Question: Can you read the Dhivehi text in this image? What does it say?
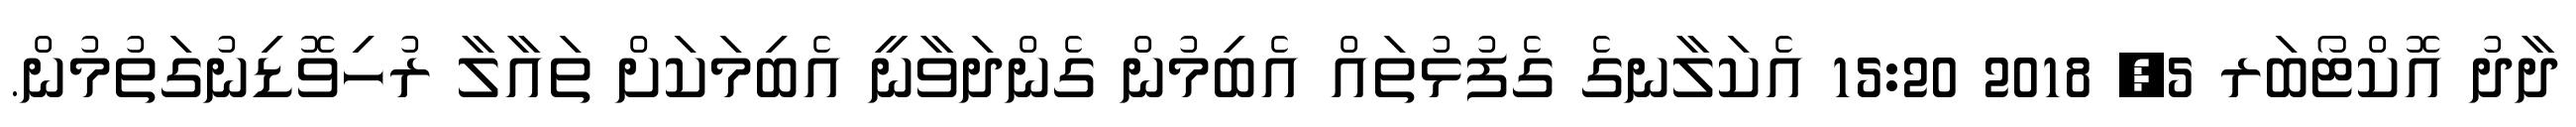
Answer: ދާދު އޮކްޓޯބަރ 5, 2018 15:20 އެކަލާނގެ ގެފުޅުތައް އެބިމުން ގެންދަވާނީ އެބިމަކަށް ތައާލާ ރުހިވޮޑިނުގަތުމުން.